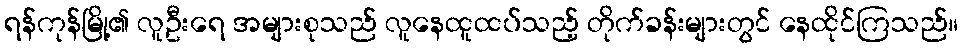
ရန်ကုန်မြို့၏ လူဦးရေ အများစုသည် လူနေထူထပ်သည့် တိုက်ခန်းများတွင် နေထိုင်ကြသည်။